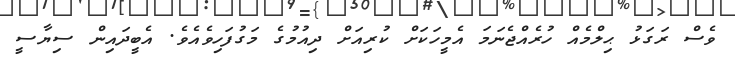
ވެސް ރަގަޅު ޙިލްމެއް ހުރެއްޖެނަމަ އެމީހަކަށް ކުރިއަށް ދިއުމުގެ މަގުފަހިވެއެވެ. އެބީދައިން ސިޔާސީ